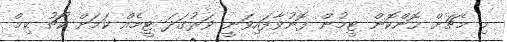
މި މެޗަށް ހޮންކޮން ޓީމުން ފޮނުވާފައިވަނީ ވަރުގަދަ ޓީމެއް ކަމަށް ކޯޗު ކިމް